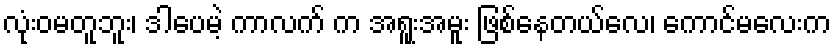
လုံးဝမတူဘူး၊ ဒါပေမဲ့ ကာလက် က အရူးအမူး ဖြစ်နေတယ်လေ၊ ကောင်မလေးက